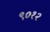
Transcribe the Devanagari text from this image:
९०१२